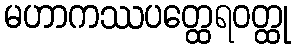
မဟာကဿပတ္ထေရဝတ္ထု